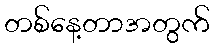
တစ်နေ့တာအတွက်